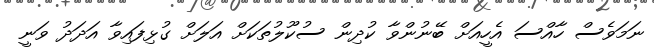
ނަމަވެސް ހާއްސަ އެހީއަށް ބޭނުންވާ ކުދިން ސުކޫލުތަކަށް އަލަށް ގުޅިފައިވާ އަދަދު ވަނީ